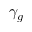
\gamma _ { g }